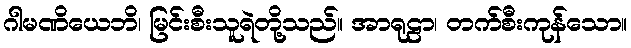
ဂါမဏိယေဘိ၊ မြင်းစီးသူရဲတို့သည်။ အာရုဠာ၊ တက်စီးကုန်သော။